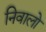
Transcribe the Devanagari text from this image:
निवालो